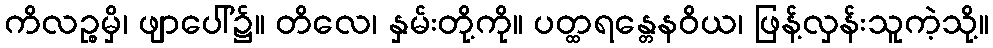
ကိလဉ္စမှိ၊ ဖျာပေါ်၌။ တိလေ၊ နှမ်းတို့ကို။ ပတ္ထရန္တေနဝိယ၊ ဖြန့်လှန်းသူကဲ့သို့။